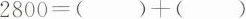
$$2800=()+()$$